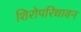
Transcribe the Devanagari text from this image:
शिरोपरिधावन